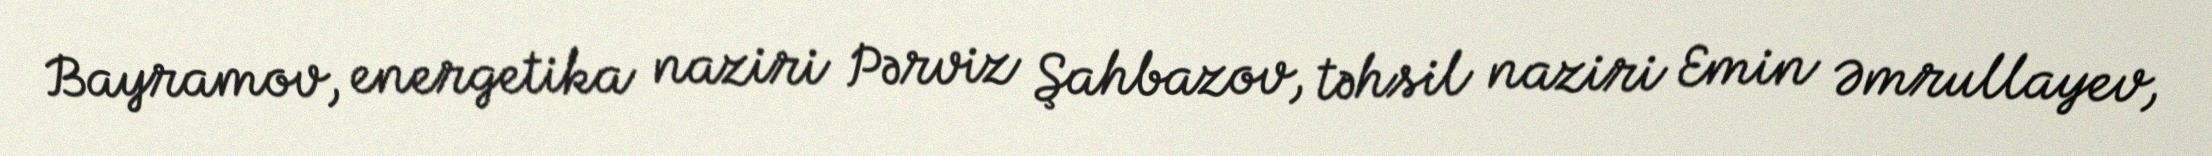
Bayramov, energetika naziri Pərviz Şahbazov, təhsil naziri Emin Əmrullayev,